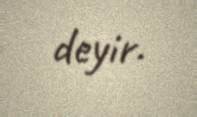
deyir.